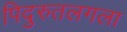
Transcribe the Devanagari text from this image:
पिदुरुतलगला